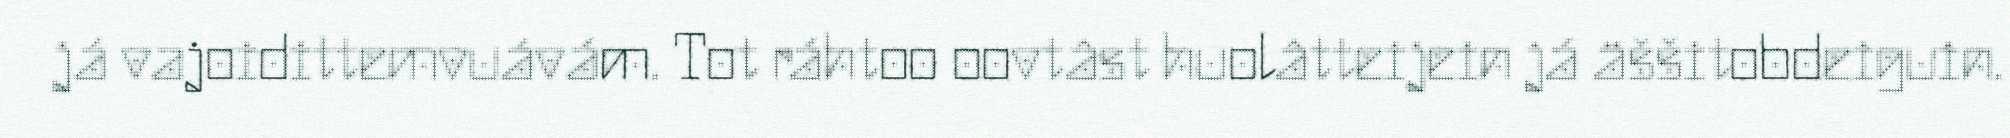
já vajoidittemvuávám. Tot ráhtoo oovtâst huolâtteijein já äššitobdeiguin.